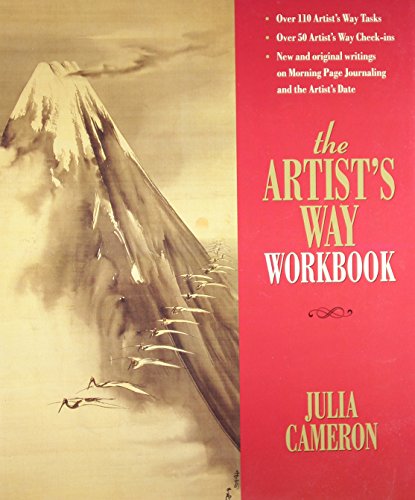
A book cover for The Artist's Way Workbook; Julia Cameron; Arts & Photography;